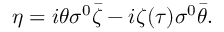
\eta = i \theta \sigma ^ { 0 } \bar { \zeta } - i \zeta ( \tau ) \sigma ^ { 0 } \bar { \theta } .